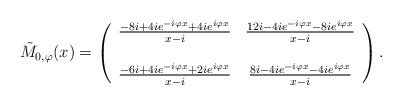
\begin{align*}\tilde{M}_{0, \varphi}(x) =\left(\begin{array}{cc}\frac{-8 i + 4 i e^{- i \varphi x} + 4 i e^{i \varphi x}}{x - i} & \frac{12 i - 4 i e^{- i \varphi x} - 8 i e^{i \varphi x}}{x - i} \\& \\\frac{- 6 i + 4 i e^{- i \varphi x} + 2 i e^{i \varphi x}}{x - i} & \frac{8 i - 4 i e^{- i \varphi x} - 4 i e^{i \varphi x}}{x - i}\end{array}\right).\end{align*}